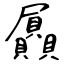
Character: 屭